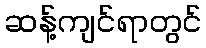
ဆန့်ကျင်ရာတွင်